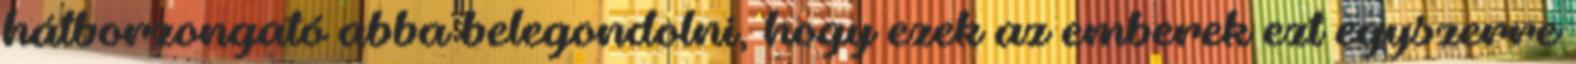
hátborzongató abba belegondolni, hogy ezek az emberek ezt egyszerre